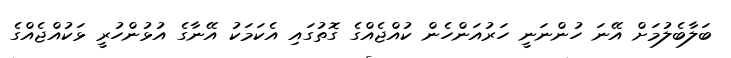
ބަލާބެލުމަށް އޭނަ ހުންނަނީ ހަރުއަންހެން ކުއްޖެއްގެ ގޮތުގައި އެކަމަކު އޭނާގެ އުޅުންހުރީ ޅަކުއްޖެއްގެ